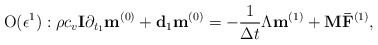
\begin{align*}{\rm O}(\epsilon ^1):\rho c_v {\bf{I}} \partial_ {t_1}{{{\bf{ m}}}}^{(0)}+{\bf{d}}_{1}{{{\bf{ m}}}}^{(0)}=-\frac{1}{\Delta t} {\Lambda}{{{\bf{ m}}}} ^{(1)} + {{{\bf{ M}}}}{{{\bf{ \bar F}}}}^{(1)}, \end{align*}